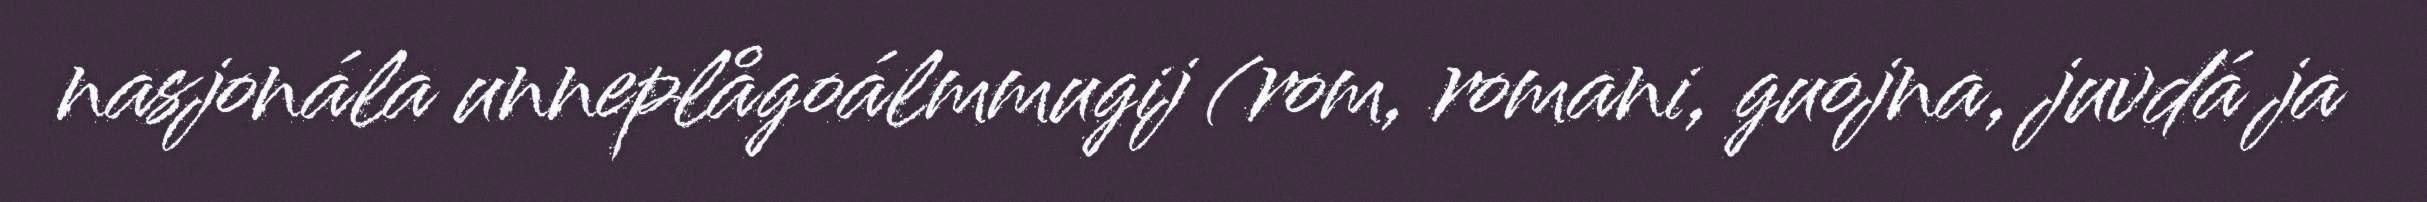
nasjonála unneplågoálmmugij (rom, romani, guojna, juvdá ja